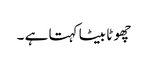
چھو ٹا بیٹا کہتا ہے ۔